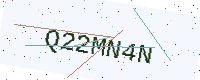
Text: Q22MN4N